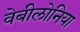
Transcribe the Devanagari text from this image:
वेबीलोनिया